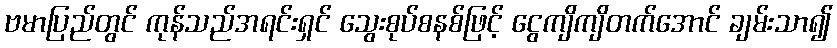
ဗမာပြည်တွင် ကုန်သည်အရင်းရှင် သွေးစုပ်စနစ်ဖြင့် ငွေကျိကျိတက်အောင် ချမ်းသာ၍